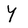
Character: y